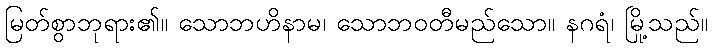
မြတ်စွာဘုရား၏။ သောဘဟိနာမ၊ သောဘဝတီမည်သော။ နဂရံ၊ မြို့သည်။